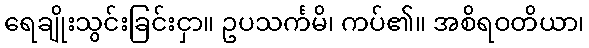
ရေချိုးသွင်းခြင်းငှာ။ ဥပသင်္ကမိ၊ ကပ်၏။ အစိရဝတိယာ၊